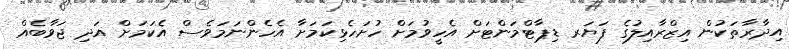
އިދާރާތަކުން އިޒްރާއިލުގެ ފަޔަރ ޑިޕާޓްމަންޓަށް އެހީވުމަށް ހުށަހެޅިކަމަށާ އެހެންނަމަވެސް އެކަމަށް އަދި ޖަވާބެއް